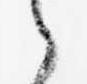
之